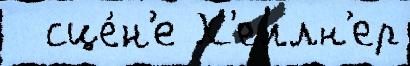
  сце́н'е Х'еллн'ер